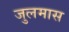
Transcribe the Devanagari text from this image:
जुलमास